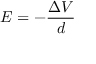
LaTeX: E = - { \frac { \Delta V } { d } }